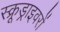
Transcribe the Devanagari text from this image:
स्क्रूड्राइवरों